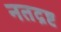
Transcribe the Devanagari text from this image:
नतद्रष्ट